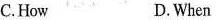
C.How D.When